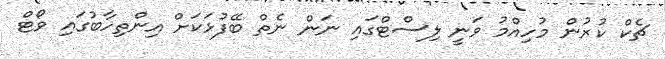
ޗެކް ކުރުން މުހިއްމު ވަނީ ލިސްޓްގައި ނަން ނެތް ބޭފުޅަކަށް އިންތިހާބުގައި ވޯޓް